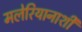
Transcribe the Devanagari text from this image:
मलेरियानाशी